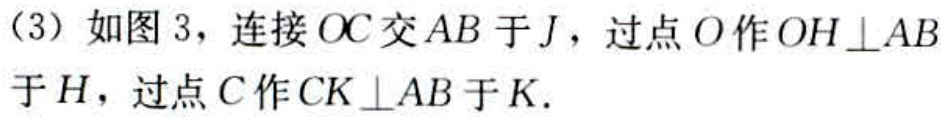
（3）如图 3，连接 \(OC\) 交 \(AB\) 于 \(J\)，过点 \(O\) 作 \(OH\perp AB\) 于 \(H\)，过点 \(C\) 作 \(CK\perp AB\) 于 \(K\).